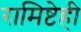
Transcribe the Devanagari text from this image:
रामिष्टेही